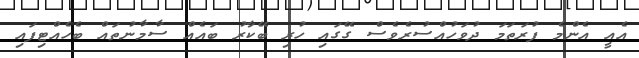
އެއީ އެންމެ ފުރަތަމަ ދުވަހުއްސުރެވެސް ގޭގައި ހުރި ބޭކާރު ބައެއް ސާމާނުތައް ބެހެއްޓިފައި